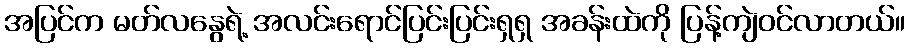
အပြင်က မတ်လနွေရဲ့ အလင်းရောင်ပြင်းပြင်းရှရှ အခန်းထဲကို ပြန့်ကျဲဝင်လာတယ်။